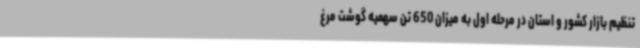
تنظیم بازار کشور و استان در مرحله اول به میزان 650 تن سهمیه گوشت مرغ